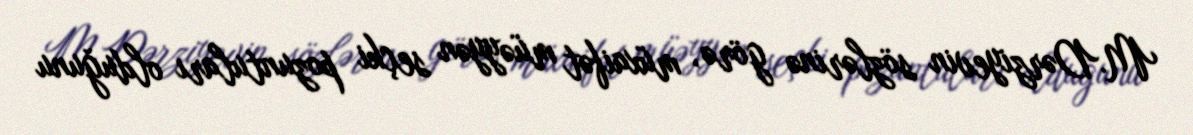
M.Dərziyevin sözlərinə görə, müxaifət müəyyən seçki pozuntuları olduğunu